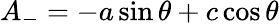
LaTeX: A_{-}=-a\sin\theta+c\cos\theta